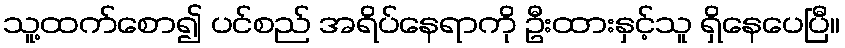
သူ့ထက်စော၍ ပင်စည် အရိပ်နေရာကို ဦးထားနှင့်သူ ရှိနေပေပြီ။